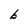
Character: b